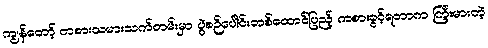
ကျွန်တော့် ကစားသမားသက်တမ်းမှာ ပွဲစဉ်ပေါင်းတစ်ထောင်ပြည့် ကစားခွင့်ရတာက ကြီးမားတဲ့